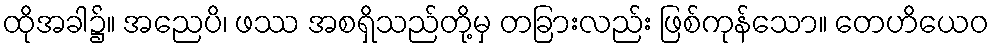
ထိုအခါ၌။ အညေပိ၊ ဖဿ အစရှိသည်တို့မှ တခြားလည်း ဖြစ်ကုန်သော။ တေဟိယေဝ